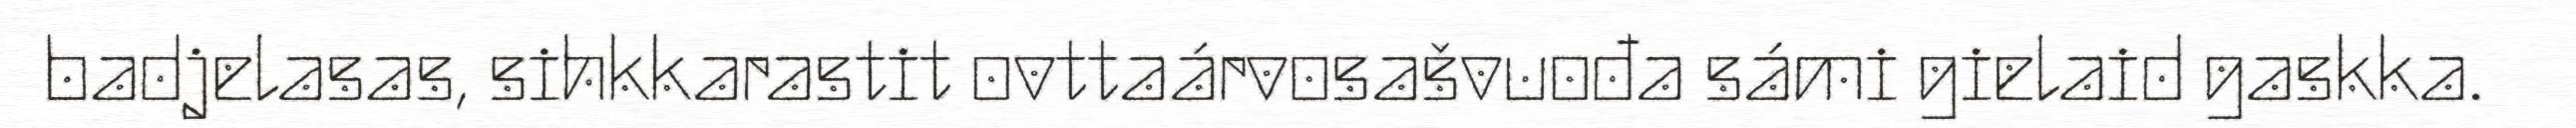
badjelasas, sihkkarastit ovttaárvosašvuođa sámi gielaid gaskka.